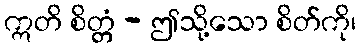
ဣတိ စိတ္တံ - ဤသို့သော စိတ်ကို၊